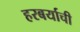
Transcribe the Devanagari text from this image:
हरबर्याची